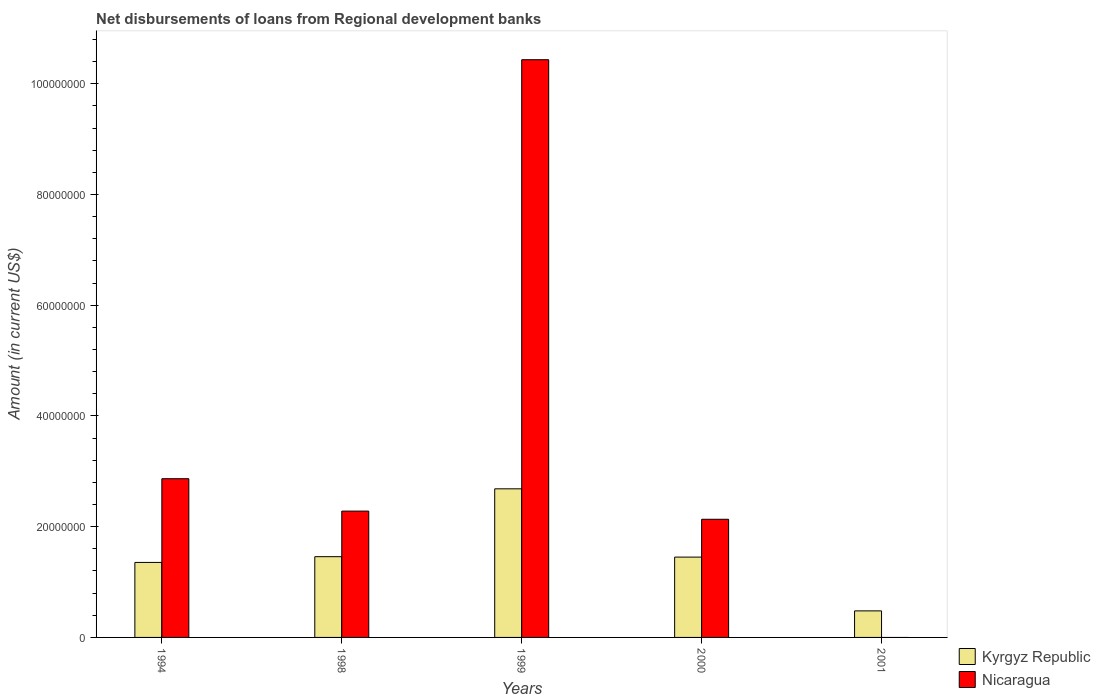
| Years | Kyrgyz Republic | Nicaragua |
 | --- | --- | --- |
 | 1994 | 1.35e+07 | 2.87e+07 |
 | 1998 | 1.46e+07 | 2.28e+07 |
 | 1999 | 2.68e+07 | 1.04e+08 |
 | 2000 | 1.45e+07 | 2.13e+07 |
 | 2001 | 4.79e+06 | -5.1e+06 |